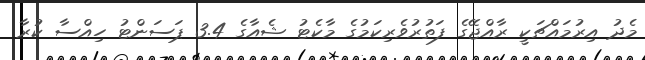
މެދު އިރުމައްޗަކީ ރާއްޖޭގެ ފަތުރުވެރިކަމުގެ މާކެޓު ޝެއާގެ 3.4 ޕަސަންޓު ހިއްސާ ކުރާ